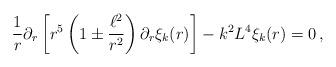
LaTeX: \begin{align*}\frac{1}{r}\partial_r \left[ r^5 \left( 1 \pm \frac{\ell^2}{r^2}\right)\partial_r \xi_k (r)\right]- k^2 L^4 \xi_k (r) = 0\,,\end{align*}